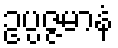
ဥပ္ပဇ္ဇမာနံ